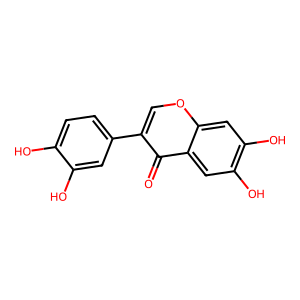
SMILES: O=c1c(-c2ccc(O)c(O)c2)coc2cc(O)c(O)cc12
Inhibits HIV replication: No